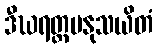
ဒီဃရတ္တမနုသယိတံ